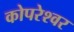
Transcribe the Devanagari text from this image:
कोपरेश्वर